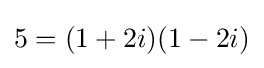
5=(1+2i)(1-2i)